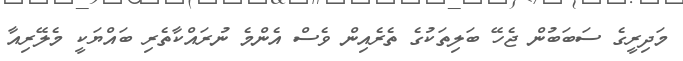
މަދިރީގެ ސަބަބުން ޖެހޭ ބަލިތަކުގެ ތެރެއިން ވެސް އެންމެ ނުރައްކާތެރި ބައްޔަކީ މެލޭރިއާ